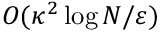
O ( \kappa ^ { 2 } \log N / \varepsilon )